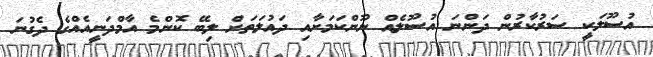
އުސޫލަކީ ސަރުކާރުން ދަންނަ އުސޫލެއް ނޫންކަމަށާއި ދައުލަތަށް ލިބޭ ކޮންމެ އާމްދަނީއެއްގެ ދެގުނަ